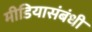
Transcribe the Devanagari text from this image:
मीडियासंबंधी